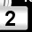
Digit: 2